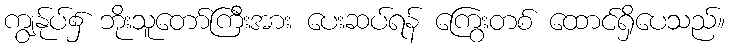
ကျွန်ုပ်၌ ဘိုးသူတော်ကြီးအား ပေးဆပ်ရန် ကြွေးတစ် ထောင်ရှိပေသည်။